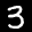
Label: 3